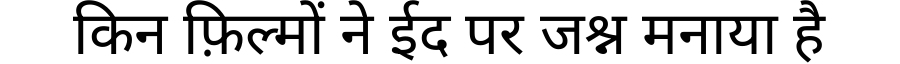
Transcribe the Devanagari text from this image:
किन फ़िल्मों ने ईद पर जश्न मनाया है